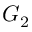
G _ { 2 }